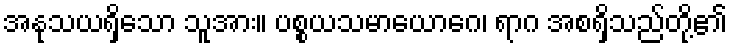
အနုသယရှိသော သူအား။ ပစ္စယသမာယောဂေ၊ ရာဂ အစရှိသည်တို့၏